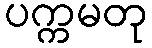
ပက္ကမတု